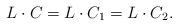
LaTeX: \begin{align*}L\cdot C =L\cdot C_1 = L\cdot C_2. \end{align*}